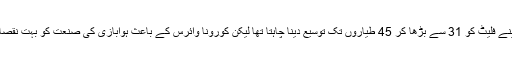
پی آئی اے کی مالی حالت پر بات کرتے ہوئے انہوں نے بتایا کہ پی آئی اے 2023 تک اپنے فلیٹ کو 31 سے بڑھا کر 45 طیاروں تک توسیع دینا چاہتا تھا لیکن کورونا وائرس کے باعث ہوابازی کی صنعت کو بہت نقصان پہنچا اور قومی ایئرلائن 4 کھرب 82 ارب روپے کے قرضوں کے بوجھ تلے دبی ہے۔